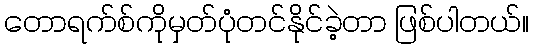
တောရက်စ်ကိုမှတ်ပုံတင်နိုင်ခဲ့တာ ဖြစ်ပါတယ်။